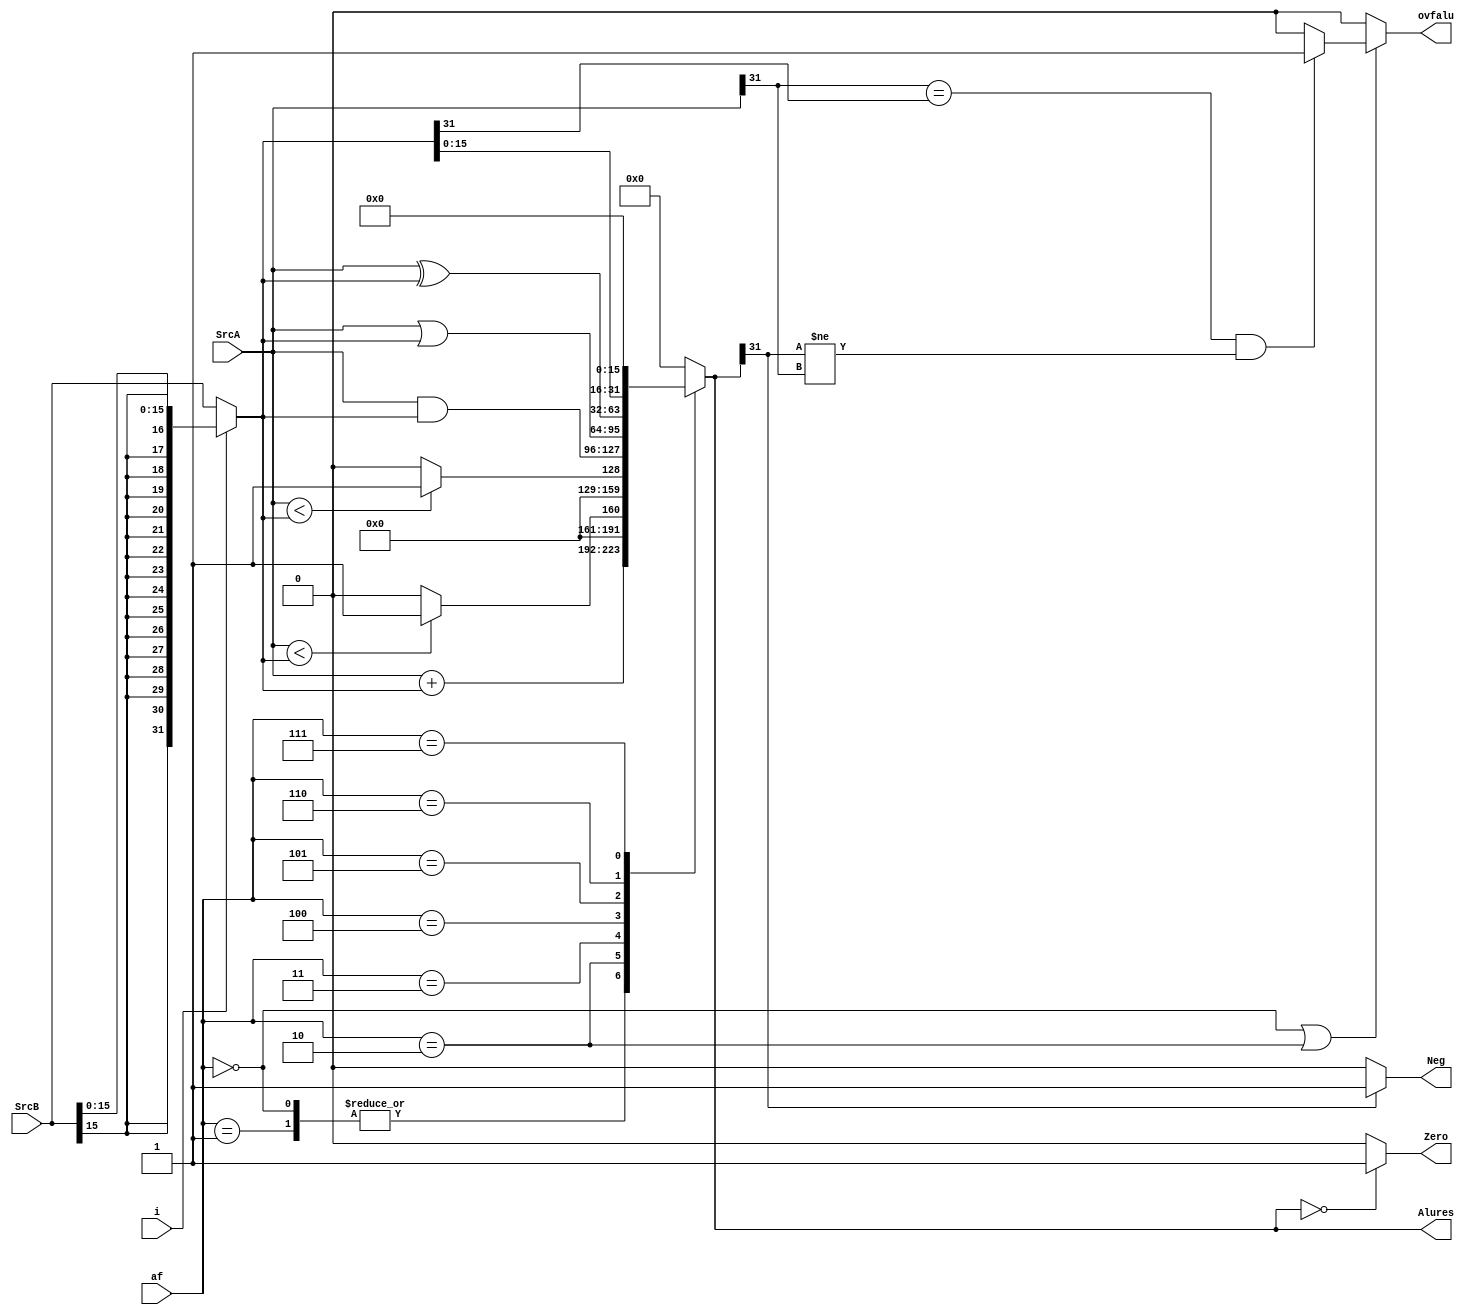
module Alu(
 input wire i,
 input wire [31:0] SrcA,
 input wire [31:0] SrcB,
 input wire [3:0] af,
 output reg [31:0] Alures,
 output reg Zero,
 output reg Neg,
 output reg ovfalu
);
 wire [31:0] imm_ext;
 assign imm_ext = { {16{SrcB[15]}}, SrcB[15:0] }; // sign-extend immediate
 wire [31:0] opB;
 assign opB = i ? imm_ext : SrcB;
 always @(*) begin
 case (af)
 4'b0000: Alures = SrcA + opB; // addi
 4'b0001: Alures = SrcA + opB; // addiu (no overflow detection)
 4'b0010: Alures = ($signed(SrcA) < $signed(opB)) ? 32'b1 : 32'b0; // slti
 4'b0011: Alures = (SrcA < opB) ? 32'b1 : 32'b0; // sltiu
 4'b0100: Alures = SrcA & opB; // andi
 4'b0101: Alures = SrcA | opB; // ori
 4'b0110: Alures = SrcA ^ opB; // xori
 4'b0111: Alures = { opB[15:0], 16'b0 }; // lui
 default: Alures = 32'b0;
 endcase
 // Flags
 Zero = (Alures == 32'b0) ? 1'b1 : 1'b0;
 Neg = (Alures[31] == 1'b1) ? 1'b1 : 1'b0;
 ovfalu = 1'b0;
 if (af == 4'b0000 || af == 4'b0010) begin // Only add and slt instructions can overflow
 if ((SrcA[31] == opB[31]) && (Alures[31] != SrcA[31])) begin
 ovfalu = 1'b1;
 end
 end
 end
endmodule